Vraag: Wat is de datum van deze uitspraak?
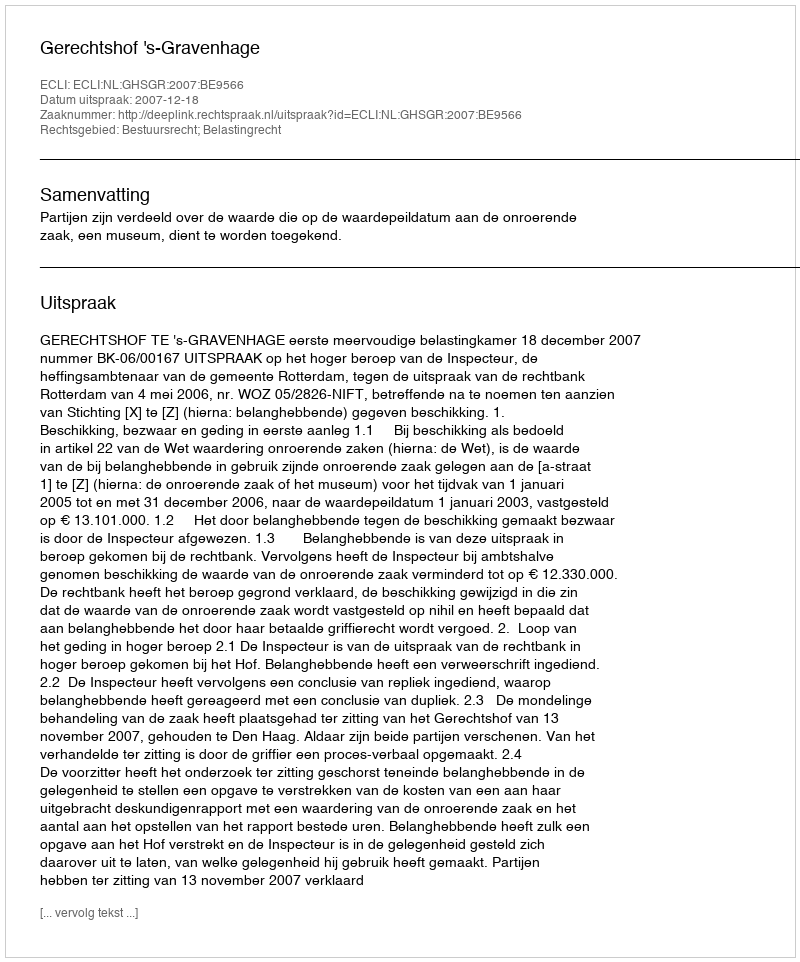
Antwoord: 2007-12-18